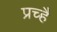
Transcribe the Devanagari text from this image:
प्रच्है